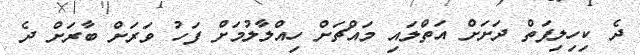
ދެ ކިހިލިފަތް ދަށަށް އަތްލައި މައްޗަށް ހިއްލާލުމަށް ފަހު ވަރަށް ބާރަށް ދެ